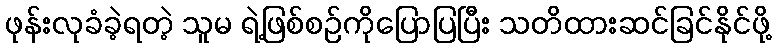
ဖုန်းလုခံခဲ့ရတဲ့ သူမ ရဲ့ဖြစ်စဉ်ကိုပြောပြပြီး သတိထားဆင်ခြင်နိုင်ဖို့